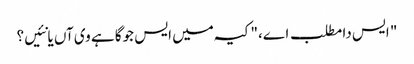
" ایس دا مطلب اے،" کیہ میں ایس جوگا ہے وی آں یا نئیں؟